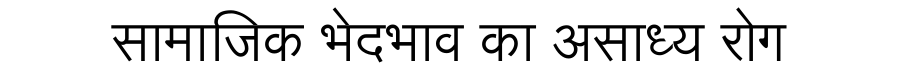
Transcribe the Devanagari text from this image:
सामाजिक भेदभाव का असाध्य रोग